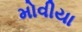
મોવીયા